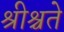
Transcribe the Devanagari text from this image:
श्रीश्चते